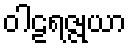
ဝါဠရဇ္ဇုယာ